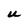
Character: U